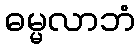
ဓမ္မလာဘံ